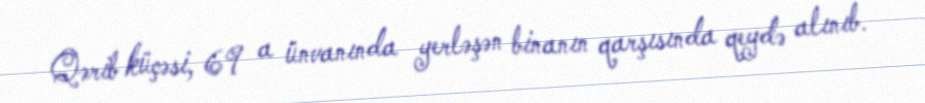
Qərib küçəsi, 69 a ünvanında yerləşən binanın qarşısında qeydə alınıb.